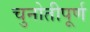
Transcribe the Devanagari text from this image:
चुनोतीपूर्ण